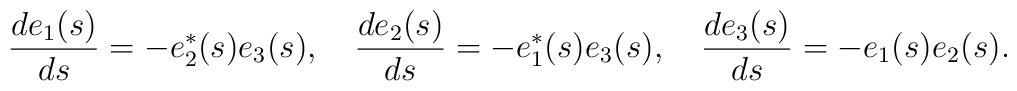
{d {e}_{1}(s)\over ds} = - {e}^*_{2}(s) e_{3}(s), \quad {d{e}_{2}(s)\over ds} =  -{e}^*_{1}(s){e}_{3}(s), \quad {d {e}_{3}(s)\over ds} = - {e}_{1}(s)e_2(s).